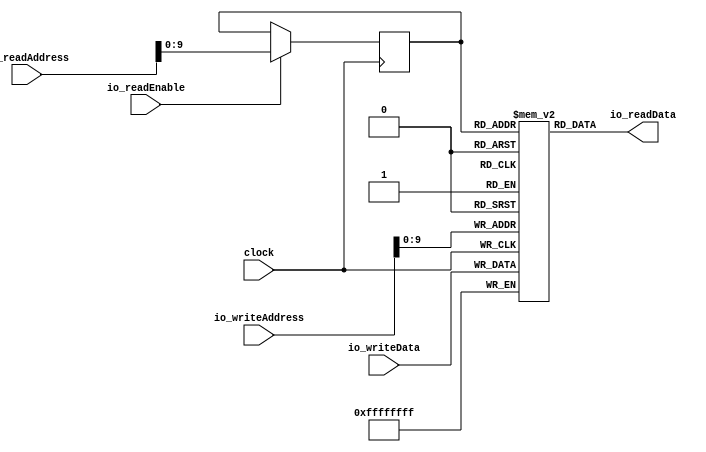
module bsram( // @[:@3.2]
  input         clock, // @[:@4.4]
  input  [19:0] io_readAddress, // @[:@6.4]
  input         io_readEnable, // @[:@6.4]
  input  [19:0] io_writeAddress, // @[:@6.4]
  input  [31:0] io_writeData, // @[:@6.4]
  output [31:0] io_readData // @[:@6.4]
);
  reg [31:0] mem [0:1023]; // @[bsram.scala 25:22:@8.4]
  reg [31:0] _RAND_0;
  wire [31:0] mem__T_31_data; // @[bsram.scala 25:22:@8.4]
  wire [9:0] mem__T_31_addr; // @[bsram.scala 25:22:@8.4]
  wire [31:0] mem__T_24_data; // @[bsram.scala 25:22:@8.4]
  wire [9:0] mem__T_24_addr; // @[bsram.scala 25:22:@8.4]
  wire  mem__T_24_mask; // @[bsram.scala 25:22:@8.4]
  wire  mem__T_24_en; // @[bsram.scala 25:22:@8.4]
  wire  _T_25; // @[bsram.scala 28:55:@12.4]
  wire [9:0] _T_30; // @[bsram.scala 28:24:@18.6]
  reg [9:0] mem__T_31_addr_pipe_0;
  reg [31:0] _RAND_1;
  assign mem__T_31_addr = mem__T_31_addr_pipe_0;
  assign mem__T_31_data = mem[mem__T_31_addr]; // @[bsram.scala 25:22:@8.4]
  assign mem__T_24_data = io_writeData;
  assign mem__T_24_addr = io_writeAddress[9:0];
  assign mem__T_24_mask = 1'h1;
  assign mem__T_24_en = 1'h1;
  assign _T_25 = io_readEnable; // @[bsram.scala 28:55:@12.4]
  assign _T_30 = io_readAddress[9:0]; // @[bsram.scala 28:24:@18.6]
  assign io_readData = mem__T_31_data; // @[bsram.scala 28:13:@21.4]
`ifdef RANDOMIZE_GARBAGE_ASSIGN
`define RANDOMIZE
`endif
`ifdef RANDOMIZE_INVALID_ASSIGN
`define RANDOMIZE
`endif
`ifdef RANDOMIZE_REG_INIT
`define RANDOMIZE
`endif
`ifdef RANDOMIZE_MEM_INIT
`define RANDOMIZE
`endif
`ifdef RANDOMIZE
  integer initvar;
  initial begin
    `ifndef verilator
      #0.002 begin end
    `endif
  _RAND_0 = {1{$random}};
  `ifdef RANDOMIZE_MEM_INIT
  for (initvar = 0; initvar < 1024; initvar = initvar+1)
    mem[initvar] = _RAND_0[31:0];
  `endif // RANDOMIZE_MEM_INIT
  `ifdef RANDOMIZE_REG_INIT
  _RAND_1 = {1{$random}};
  mem__T_31_addr_pipe_0 = _RAND_1[9:0];
  `endif // RANDOMIZE_REG_INIT
  end
`endif // RANDOMIZE
  always @(posedge clock) begin
    if(mem__T_24_en & mem__T_24_mask) begin
      mem[mem__T_24_addr] <= mem__T_24_data; // @[bsram.scala 25:22:@8.4]
    end
    if (_T_25) begin
      mem__T_31_addr_pipe_0 <= _T_30;
    end
  end
endmodule
module mem_interface( // @[:@23.2]
  input         clock, // @[:@24.4]
  input         io_read, // @[:@26.4]
  input         io_write, // @[:@26.4]
  input  [19:0] io_address, // @[:@26.4]
  input  [31:0] io_in_data, // @[:@26.4]
  output        io_valid, // @[:@26.4]
  output        io_ready, // @[:@26.4]
  output [19:0] io_out_address, // @[:@26.4]
  output [31:0] io_out_data // @[:@26.4]
);
  wire  bsram0_clock; // @[mem_interface.scala 25:21:@28.4]
  wire [19:0] bsram0_io_readAddress; // @[mem_interface.scala 25:21:@28.4]
  wire  bsram0_io_readEnable; // @[mem_interface.scala 25:21:@28.4]
  wire [19:0] bsram0_io_writeAddress; // @[mem_interface.scala 25:21:@28.4]
  wire [31:0] bsram0_io_writeData; // @[mem_interface.scala 25:21:@28.4]
  wire [31:0] bsram0_io_readData; // @[mem_interface.scala 25:21:@28.4]
  wire  _T_32; // @[mem_interface.scala 43:25:@48.4]
  bsram bsram0 ( // @[mem_interface.scala 25:21:@28.4]
    .clock(bsram0_clock),
    .io_readAddress(bsram0_io_readAddress),
    .io_readEnable(bsram0_io_readEnable),
    .io_writeAddress(bsram0_io_writeAddress),
    .io_writeData(bsram0_io_writeData),
    .io_readData(bsram0_io_readData)
  );
  assign _T_32 = io_read | io_write; // @[mem_interface.scala 43:25:@48.4]
  assign io_valid = io_read | io_write; // @[mem_interface.scala 44:14:@50.6 mem_interface.scala 47:14:@54.6]
  assign io_ready = _T_32 ? 1'h0 : 1'h1; // @[mem_interface.scala 45:14:@51.6 mem_interface.scala 48:14:@55.6]
  assign io_out_address = io_read ? io_address : 20'h0; // @[mem_interface.scala 38:20:@41.6 mem_interface.scala 40:20:@44.6]
  assign io_out_data = bsram0_io_readData; // @[mem_interface.scala 34:25:@38.4]
  assign bsram0_clock = clock; // @[:@29.4]
  assign bsram0_io_readAddress = io_address; // @[mem_interface.scala 28:25:@33.4]
  assign bsram0_io_readEnable = io_read; // @[mem_interface.scala 29:25:@34.4]
  assign bsram0_io_writeAddress = io_address; // @[mem_interface.scala 31:25:@36.4]
  assign bsram0_io_writeData = io_in_data; // @[mem_interface.scala 32:25:@37.4]
endmodule
module memory( // @[:@58.2]
  input         clock, // @[:@59.4]
  input         reset, // @[:@60.4]
  input         io_clock, // @[:@61.4]
  input         io_reset, // @[:@61.4]
  input         io_load, // @[:@61.4]
  input         io_store, // @[:@61.4]
  input  [19:0] io_address, // @[:@61.4]
  input  [31:0] io_store_data, // @[:@61.4]
  output [31:0] io_load_data, // @[:@61.4]
  output [19:0] io_data_address, // @[:@61.4]
  output        io_valid, // @[:@61.4]
  output        io_ready // @[:@61.4]
);
  wire  mem_interface0_clock; // @[memory.scala 26:29:@63.4]
  wire  mem_interface0_io_read; // @[memory.scala 26:29:@63.4]
  wire  mem_interface0_io_write; // @[memory.scala 26:29:@63.4]
  wire [19:0] mem_interface0_io_address; // @[memory.scala 26:29:@63.4]
  wire [31:0] mem_interface0_io_in_data; // @[memory.scala 26:29:@63.4]
  wire  mem_interface0_io_valid; // @[memory.scala 26:29:@63.4]
  wire  mem_interface0_io_ready; // @[memory.scala 26:29:@63.4]
  wire [19:0] mem_interface0_io_out_address; // @[memory.scala 26:29:@63.4]
  wire [31:0] mem_interface0_io_out_data; // @[memory.scala 26:29:@63.4]
  mem_interface mem_interface0 ( // @[memory.scala 26:29:@63.4]
    .clock(mem_interface0_clock),
    .io_read(mem_interface0_io_read),
    .io_write(mem_interface0_io_write),
    .io_address(mem_interface0_io_address),
    .io_in_data(mem_interface0_io_in_data),
    .io_valid(mem_interface0_io_valid),
    .io_ready(mem_interface0_io_ready),
    .io_out_address(mem_interface0_io_out_address),
    .io_out_data(mem_interface0_io_out_data)
  );
  assign io_load_data = mem_interface0_io_out_data; // @[memory.scala 37:17:@75.4]
  assign io_data_address = mem_interface0_io_out_address; // @[memory.scala 36:17:@74.4]
  assign io_valid = mem_interface0_io_valid; // @[memory.scala 34:17:@72.4]
  assign io_ready = mem_interface0_io_ready; // @[memory.scala 35:17:@73.4]
  assign mem_interface0_clock = clock; // @[:@64.4]
  assign mem_interface0_io_read = io_load; // @[memory.scala 29:31:@68.4]
  assign mem_interface0_io_write = io_store; // @[memory.scala 30:31:@69.4]
  assign mem_interface0_io_address = io_address; // @[memory.scala 31:31:@70.4]
  assign mem_interface0_io_in_data = io_store_data; // @[memory.scala 32:31:@71.4]
endmodule